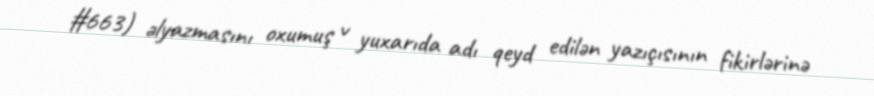
#663) əlyazmasını oxumuş v yuxarıda adı qeyd edilən yazıçısının fikirlərinə